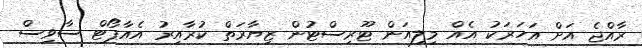
ރާއްޖެ އަށް އަހަރަކު އެއް މިލިއަން ޓޫރިސްޓުން ޒިޔާރަތް ކުރާއިރު އެއާޕޯޓް ސާވިސް